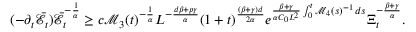
( - \partial _ { t } \bar { \mathcal { E } } _ { t } ) \bar { \mathcal { E } } _ { t } ^ { - \frac 1 \alpha } \geq c \mathcal { M } _ { 3 } ( t ) ^ { - \frac { 1 } { \alpha } } L ^ { - \frac { d \beta + p \gamma } { \alpha } } ( 1 + t ) ^ { \frac { ( \beta + \gamma ) d } { 2 \alpha } } e ^ { \frac { \beta + \gamma } { \alpha C _ { 0 } L ^ { 2 } } \int _ { 0 } ^ { t } \mathcal { M } _ { 4 } ( s ) ^ { - 1 } \, d s } \Xi _ { t } ^ { - \frac { \beta + \gamma } { \alpha } } .